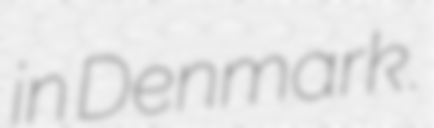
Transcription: in Denmark.